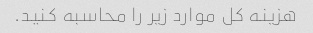
هزینه کل موارد زیر را محاسبه کنید.